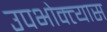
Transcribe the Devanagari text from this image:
उपभोक्त्यास